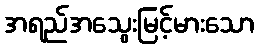
အရည်အသွေးမြင့်မားသော